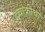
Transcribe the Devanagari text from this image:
दुचाकीचा